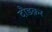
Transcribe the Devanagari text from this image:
दौडक़र